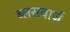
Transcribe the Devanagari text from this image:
ब्लसवार्ज़